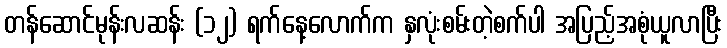
တန်ဆောင်မုန်းလဆန်း (၁၂) ရက်နေ့လောက်က နှလုံးစမ်းတဲ့စက်ပါ အပြည့်အစုံယူလာပြီး